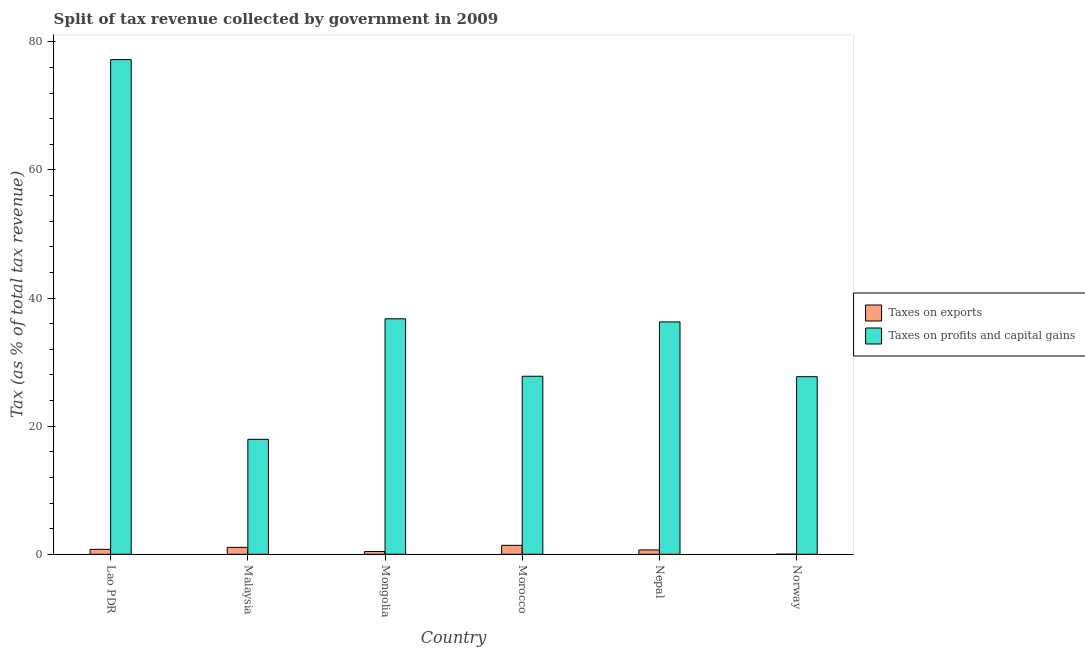
| Country | Taxes on exports | Taxes on profits and capital gains |
 | --- | --- | --- |
 | Lao PDR | 0.771 | 77.2 |
 | Malaysia | 1.08 | 17.9 |
 | Mongolia | 0.436 | 36.8 |
 | Morocco | 1.4 | 27.8 |
 | Nepal | 0.678 | 36.3 |
 | Norway | 0.0208 | 27.7 |